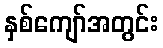
နှစ်ကျော်အတွင်း